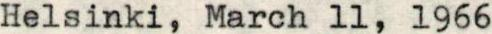
Helsinki, March 11, 1966